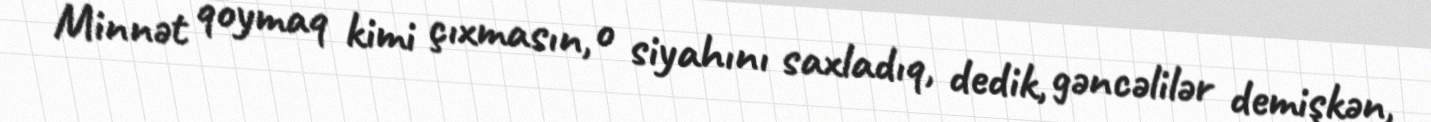
Minnət qoymaq kimi çıxmasın, o siyahını saxladıq, dedik, gəncəlilər demişkən,